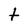
Character: t